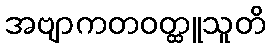
အဗျာကတဝတ္ထူသူတိ